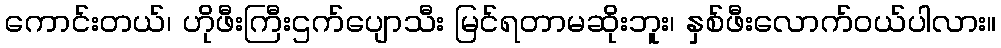
ကောင်းတယ်၊ ဟိုဖီးကြီးဌက်ပျောသီး မြင်ရတာမဆိုးဘူး၊ နှစ်ဖီးလောက်ဝယ်ပါလား။